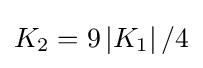
K_{2}=9\left\vert K_{1}\right\vert /4